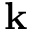
\mathbf { k }